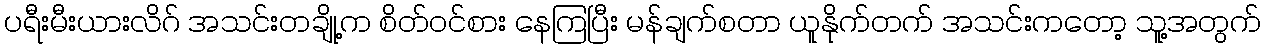
ပရီးမီးယားလိဂ် အသင်းတချို့က စိတ်ဝင်စား နေကြပြီး မန်ချက်စတာ ယူနိုက်တက် အသင်းကတော့ သူ့အတွက်